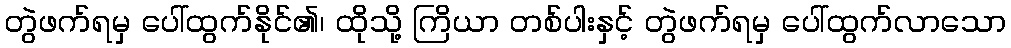
တွဲဖက်ရမှ ပေါ်ထွက်နိုင်၏၊ ထိုသို့ ကြိယာ တစ်ပါးနှင့် တွဲဖက်ရမှ ပေါ်ထွက်လာသော